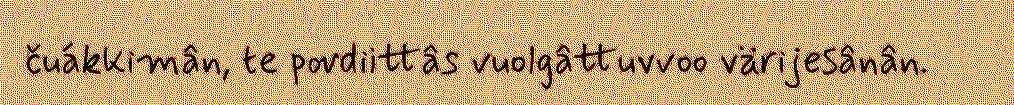
čuákkimân, te povdiittâs vuolgâttuvvoo värijesânân.